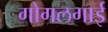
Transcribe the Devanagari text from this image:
गोगलगाई